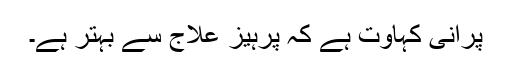
پرانی کہاوت ہے کہ پرہیز علاج سے بہتر ہے۔